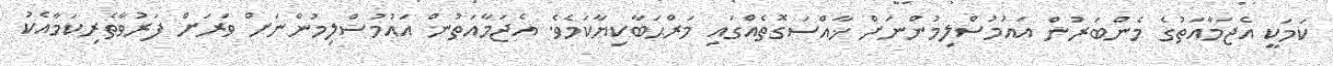
ކަމަކީ އެޖަމާއަތުގެ މެންބަރުން އައުމުސްލިމުންނަށް ޚާއްސަގޮތެއްގައި މަރްޙަބާކިޔާކަމެވެ. އެޖަމާއަތުން އައުމުސްލިމުންނަށް ވަރަށް ފަރުވާތެރިކަމާއެކު